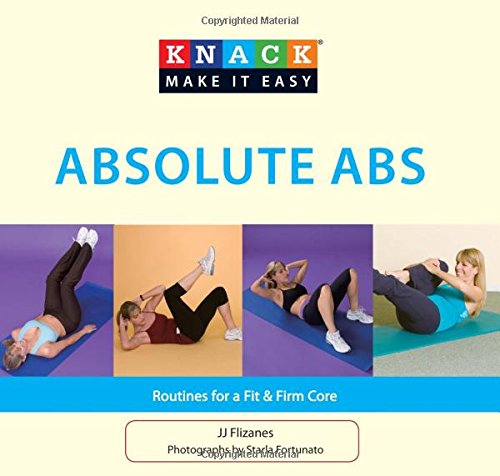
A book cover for Knack Absolute Abs: Routines For A Fit & Firm Core (Knack: Make It Easy); Jj Flizanes; Health, Fitness & Dieting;